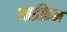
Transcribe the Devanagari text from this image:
आईफ्रेम